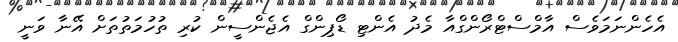
އެހެންނަމަވެސް އާމްސްޓްރޯންގްއާ މެދު އެންޓި ޑޯޕިންގް އެޖެންސީން ކުރި ތުހުމަތުތަށް އޭނާ ވަނީ